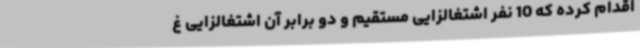
اقدام کرده که 10 نفر اشتغالزایی مستقیم و دو برابر آن اشتغالزایی غ